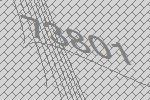
73801